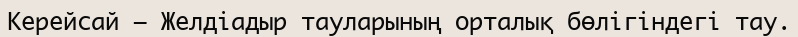
Керейсай – Желдіадыр тауларының орталық бөлігіндегі тау.